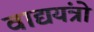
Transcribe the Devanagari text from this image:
वाद्ययंत्रो